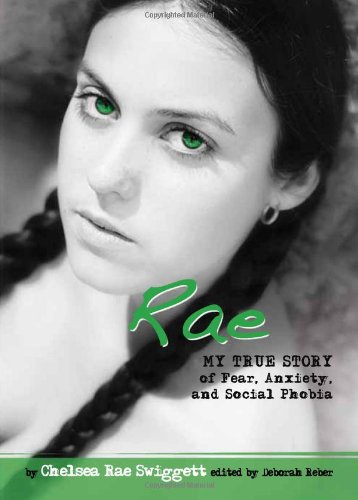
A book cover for Rae: My True Story of Fear, Anxiety, and Social Phobia (Louder Than Words); Chelsea Swigget; Teen & Young Adult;